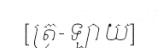
[ត្រ-ឡាយ]